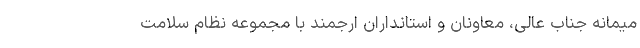
میمانه جناب عالی، معاونان و استانداران ارجمند با مجموعه نظام سلامت